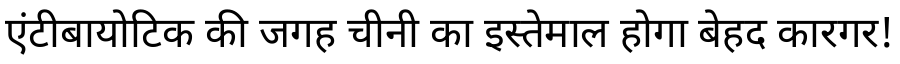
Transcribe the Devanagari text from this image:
एंटीबायोटिक की जगह चीनी का इस्तेमाल होगा बेहद कारगर!